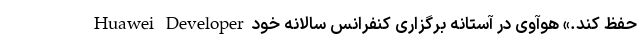
حفظ کند.» هوآوی در آستانه برگزاری کنفرانس سالانه خود Huawei Developer